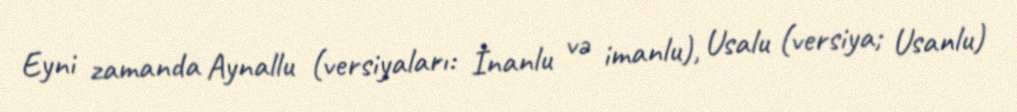
Eyni zamanda Aynallu (versiyaları: İnanlu və imanlu), Usalu (versiya; Usanlu)